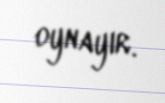
oynayır.